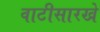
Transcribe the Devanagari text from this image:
वाटीसारखे